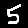
Digit: 5